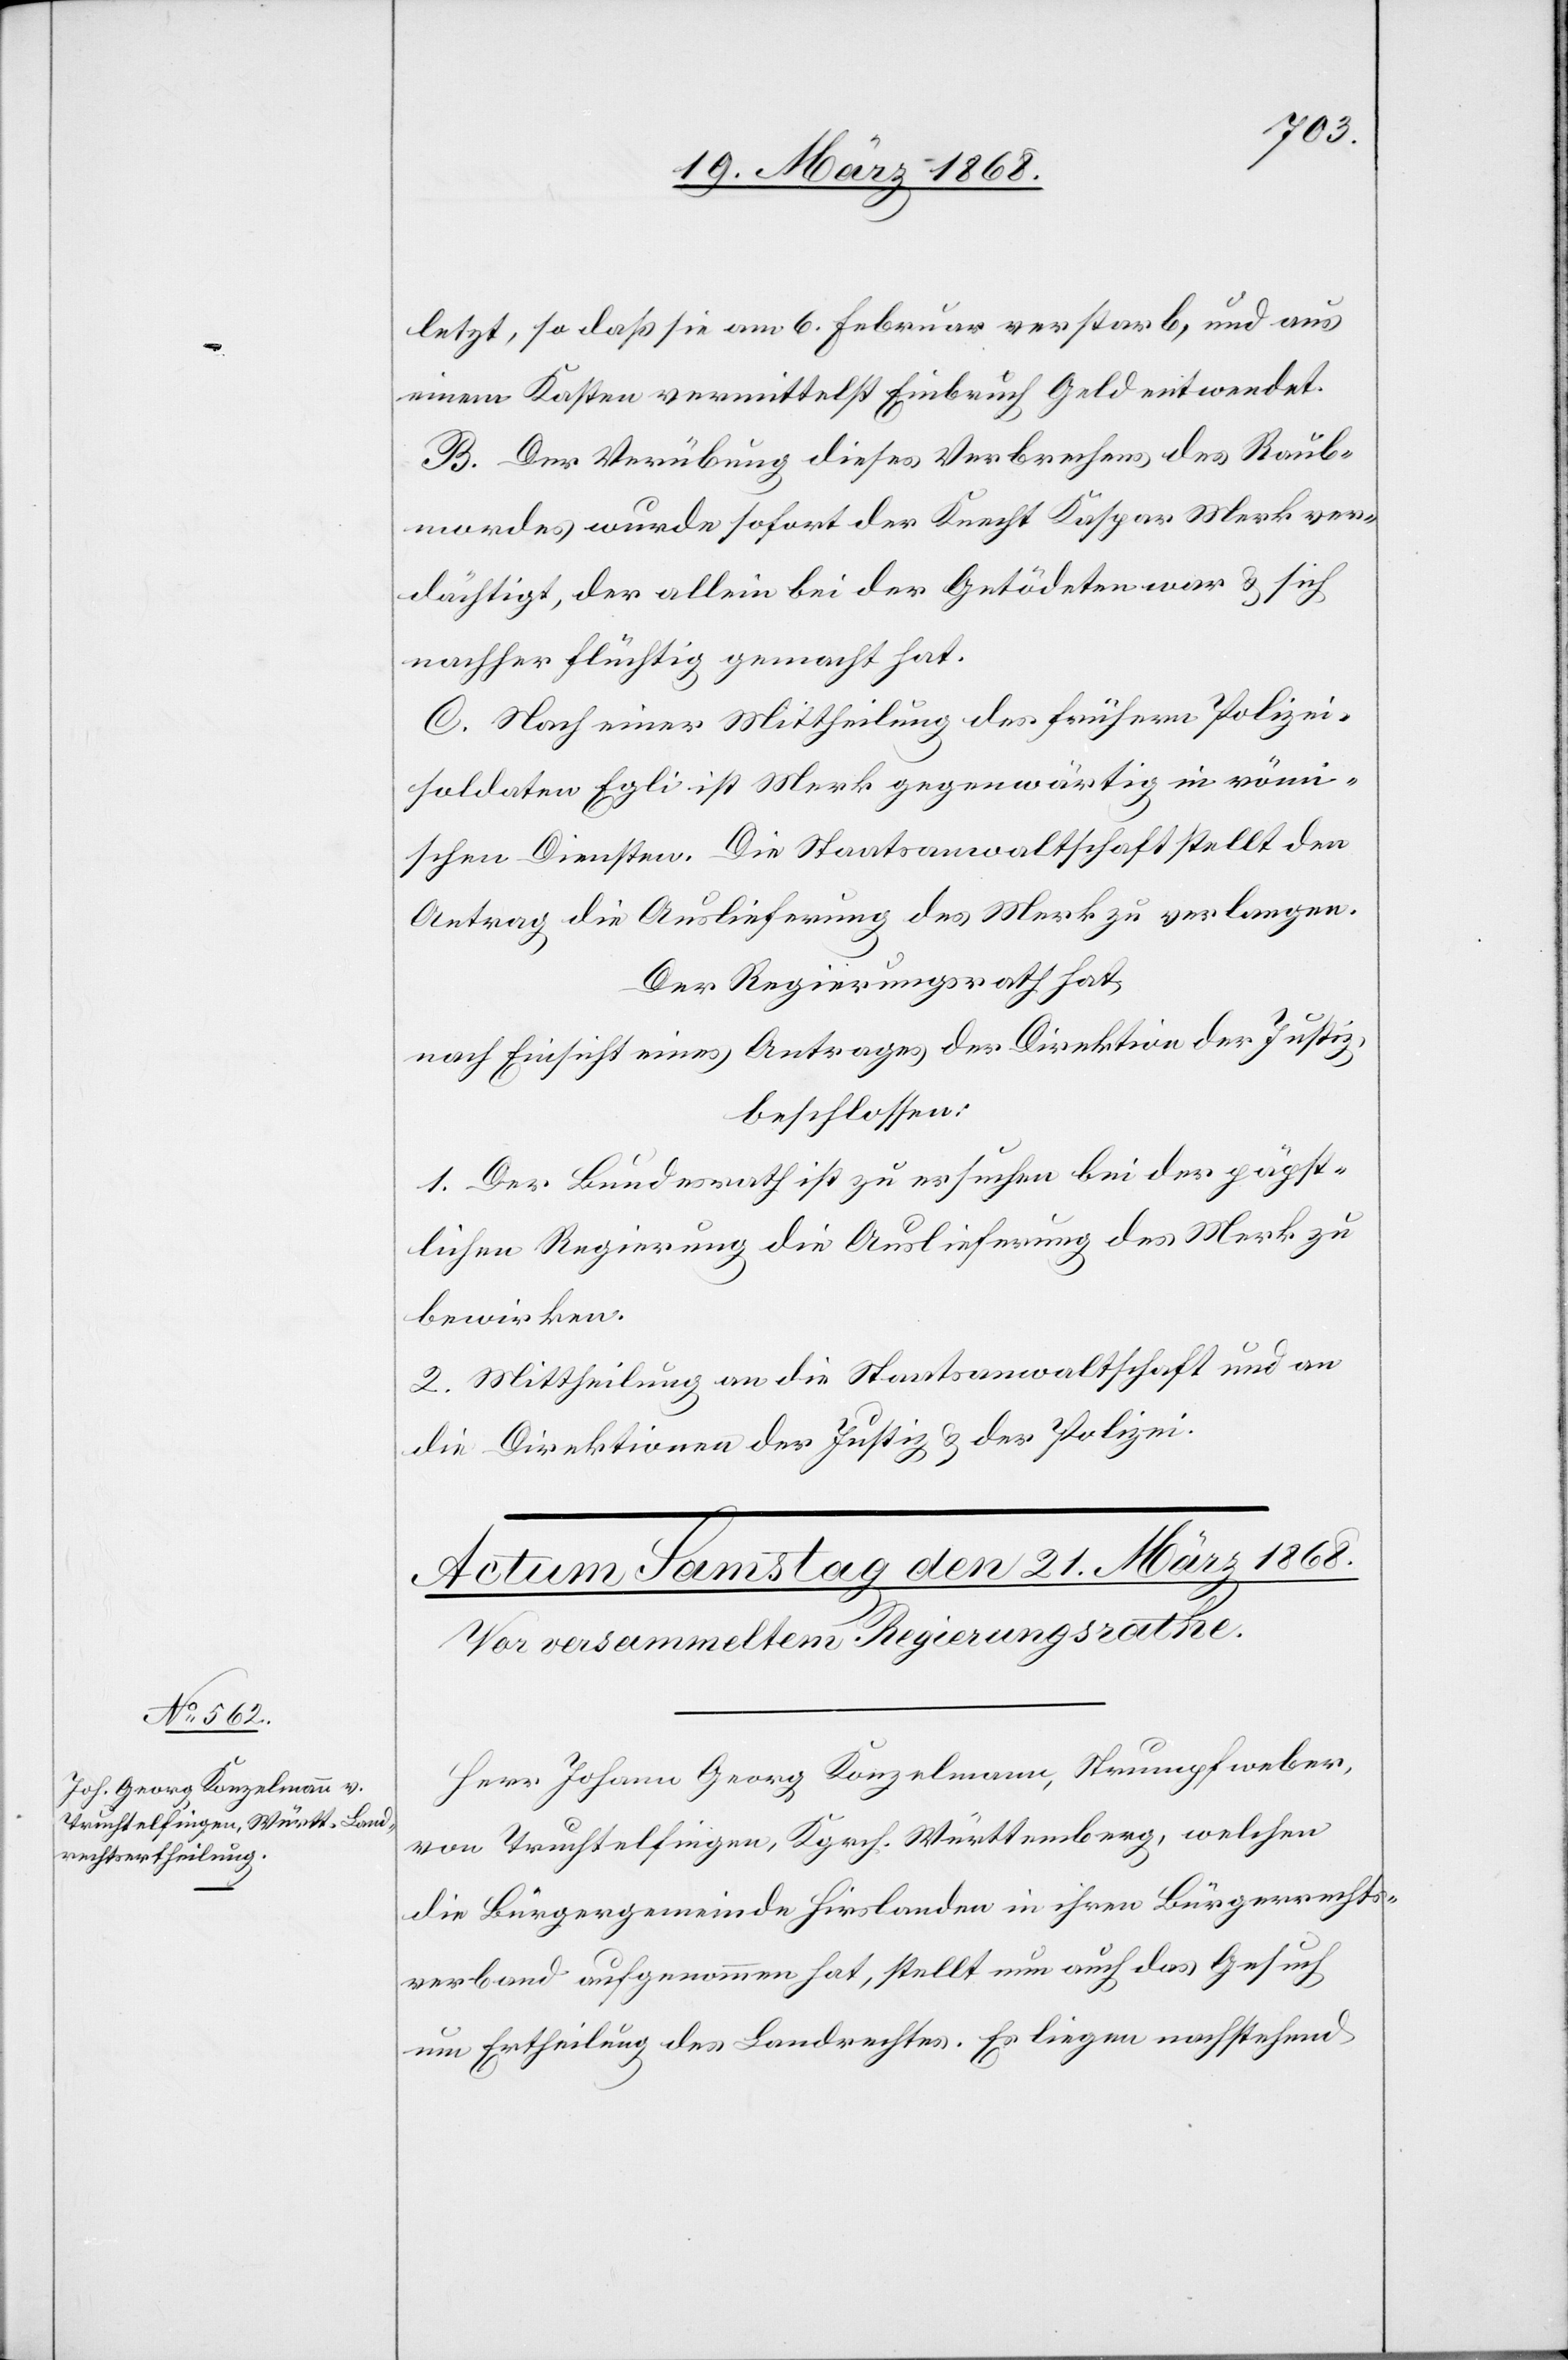
letzt, so daß sie am 6. Februar verstarb, und aus
einem Kasten vermittelst Einbruch Geld entwendet.
B. Der Verübung dieses Verbrechens des Raub¬
mordes wurde sofort der Knecht Kaspar Merk ver¬
dächtigt, der allein bei der Getödeten war & sich
nachher flüchtig gemacht hat.
C. Nach einer Mittheilung des frühern Polizei¬
soldaten Egli ist Merk gegenwärtig in röm¬
ischen Diensten. Die Staatsanwaltschaft stellt den
Antrag die Auslieferung des Merk zu verlangen.
Der Regierungsrath hat,
nach Einsicht eines Antrages der Direktion der Justiz,
beschlossen:
1. Der Bundesrath ist zu ersuchen bei der päpst¬
lichen Regierung die Auslieferung des Merk zu
bewirken.
2. Mittheilung an die Staatsanwaltschaft und an
die Direktionen der Justiz & der Polizei.
Herr Johann Georg Konzelmann, Strumpfweber,
von Truchtelfingen, Kgrch. Württemberg, welchen
die Bürgergemeinde Hirslanden in ihren Bürgerrechts¬
verband aufgenommen hat, stellt nun auch das Gesuch
um Ertheilung des Landrechtes. Es liegen nachstehend